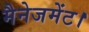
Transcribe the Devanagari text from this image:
मैनेजमेंट।